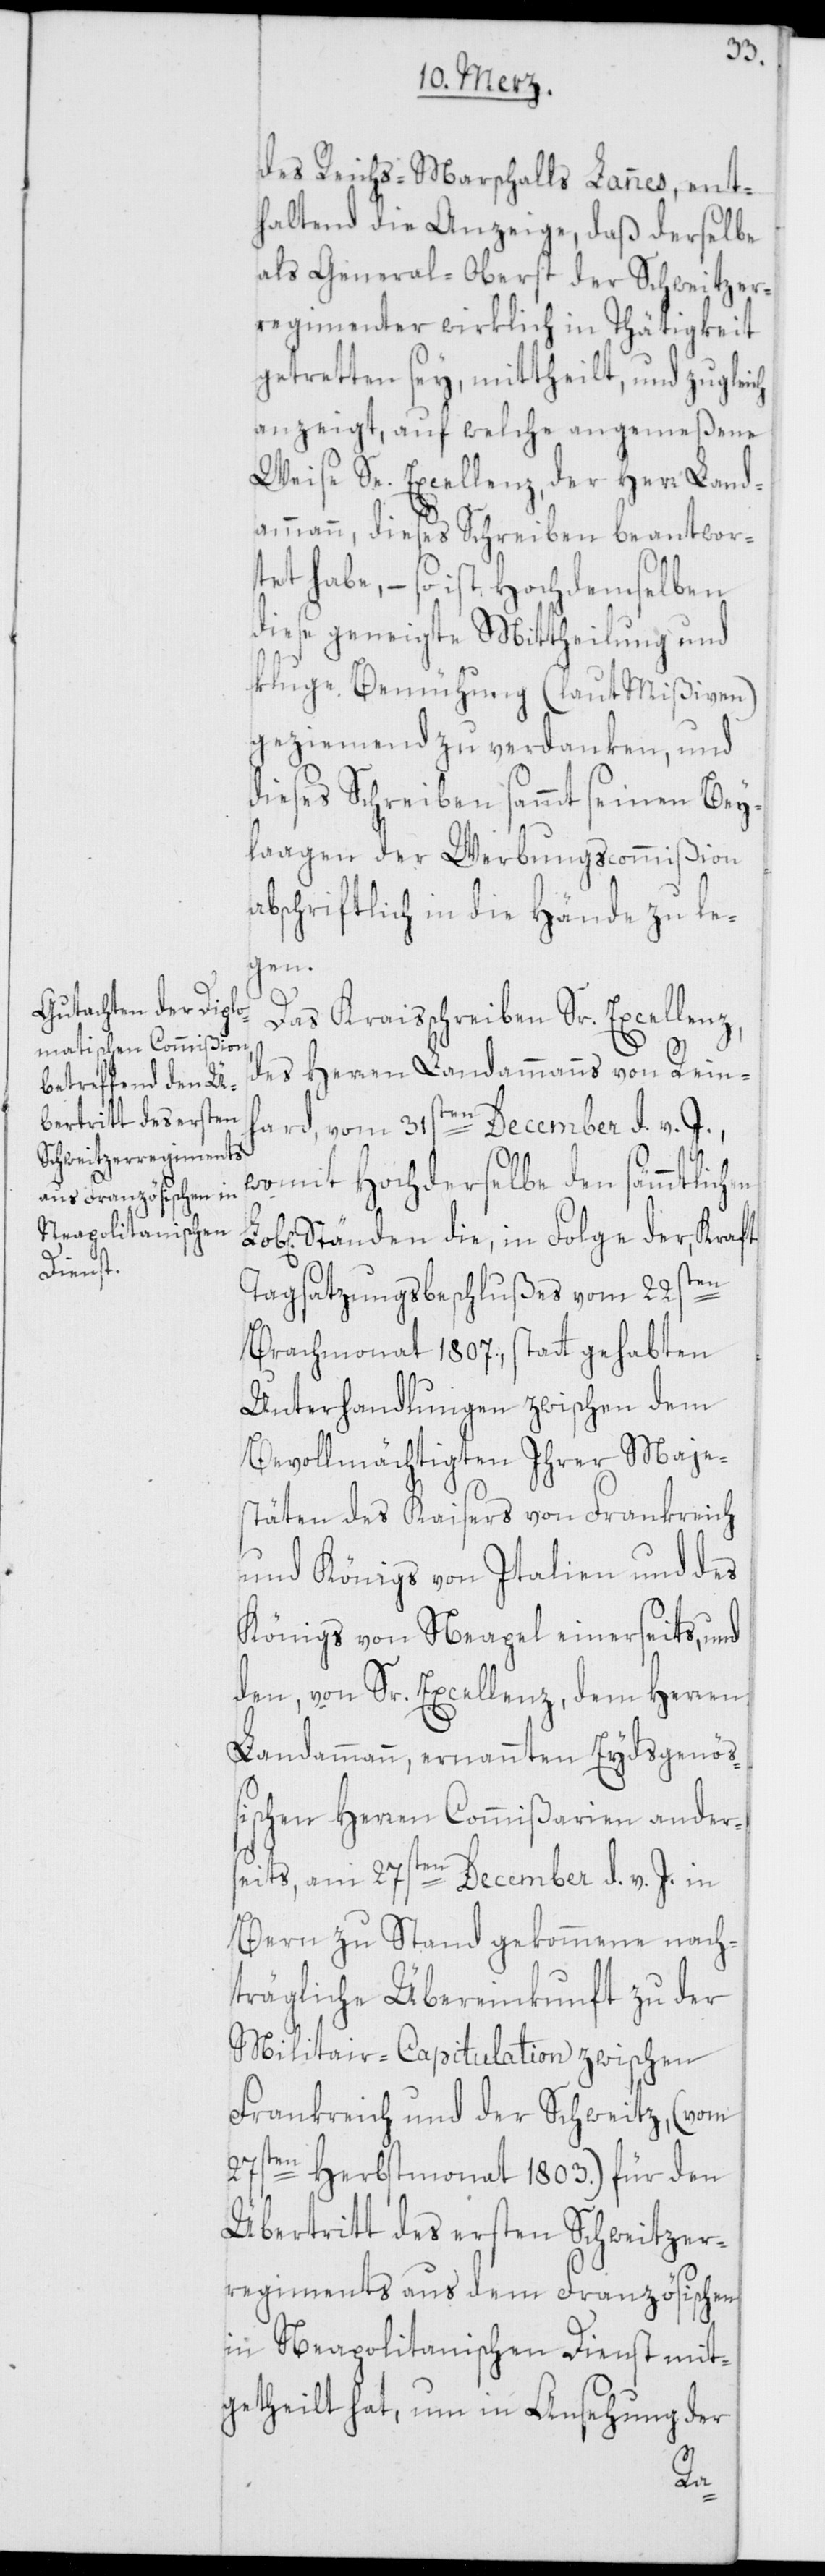
des Reichs-Marschalls Lannes, ent¬
haltend die Anzeige, daß derselbe
als General-Oberst der Schweitzer¬
regimenter wirklich in Thätigkeit
getretten sey, mittheilt, und zugleich
anzeigt, auf welche angemeßene
Weise Se. Excellenz, der Herr Land¬
ammann, dieses Schreiben beantwor¬
tet habe, – so ist hochdemselben
diese geneigte Mittheilung und
kluge Bemühung (laut Mißiven)
geziemend zu verdanken, und
dieses Schreiben sammt seinen Bey¬
lagen der Werbungscommißion
abschriftlich in die Hände zu le¬
gen.
Das Kraisschreiben Sr. Excellenz,
des Herren Landammanns von Reinh¬
ard, vom 31sten December d. v. J.,
womit hochderselbe den sämmtlichen
Ständen die, in Folge der, Kraft
Tagsatzungsbeschlußes vom 22sten
Brachmonat 1807, statt gehabten
Unterhandlungen zwischen dem
Bevollmächtigten Ihrer Maje¬
stäten des Kaisers von Frankreich
und Königs von Italien und des
Königs von Neapel einerseits, und
den, von Sr. Excellenz, dem Herren
Landammann, ernannten Eydsgenöß¬
ischen Herren Commißarien anders¬
eits, am 27sten December d. v. J. in
Bern zu Stand gekommene nach¬
trägliche Übereinkunft zu der
Militair-Capitulation zwischen
Frankreich und der Schweitz, (vom
27sten Herbstmonat 1803.) für den
Übertritt des ersten Schweitzer¬
regiments aus dem Französischen
in Neapolitanischen Dienst mit¬
getheilt hat, um in Ansehung der